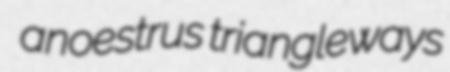
anoestrus triangleways